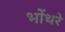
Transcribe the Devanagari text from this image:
भोंथरे